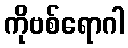
ကိုဗစ်ရောဂါ